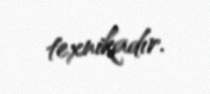
texnikadır.